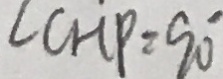
\angle C H P = 9 0 ^ { \circ }